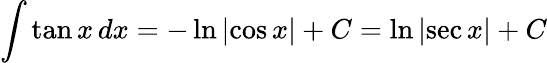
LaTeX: \int\tan{x}\, dx=-\ln{\left|\cos{x}\right|}+C=\ln{\left|\sec{x}\right|}+C